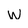
Character: w